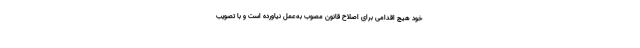
خود هیچ اقدامی برای اصلاح قانون مصوب به‌عمل نیاورده است و با تصویب